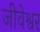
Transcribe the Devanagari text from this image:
जीवेश्वर